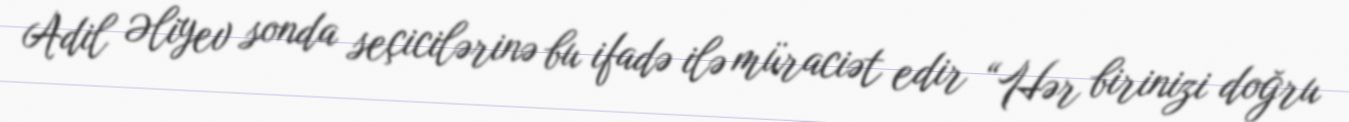
Adil Əliyev sonda seçicilərinə bu ifadə ilə müraciət edir “Hər birinizi doğru